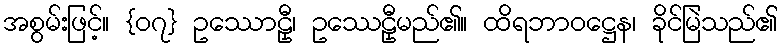
အစွမ်းဖြင့်။ {၀၇} ဥဿောဠှီ၊ ဥဿေဠှီမည်၏။ ထိရဘာဝဋ္ဌေန၊ ခိုင်မြဲသည်၏